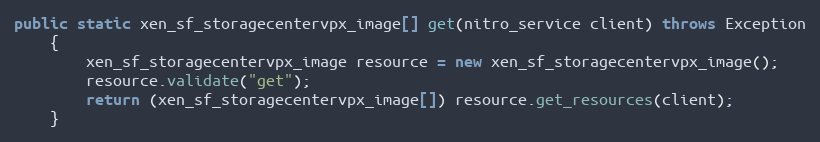
Language: Java
public static xen_sf_storagecentervpx_image[] get(nitro_service client) throws Exception
	{
		xen_sf_storagecentervpx_image resource = new xen_sf_storagecentervpx_image();
		resource.validate("get");
		return (xen_sf_storagecentervpx_image[]) resource.get_resources(client);
	}